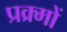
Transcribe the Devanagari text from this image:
प्रक्र्मों